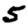
Digit: 5